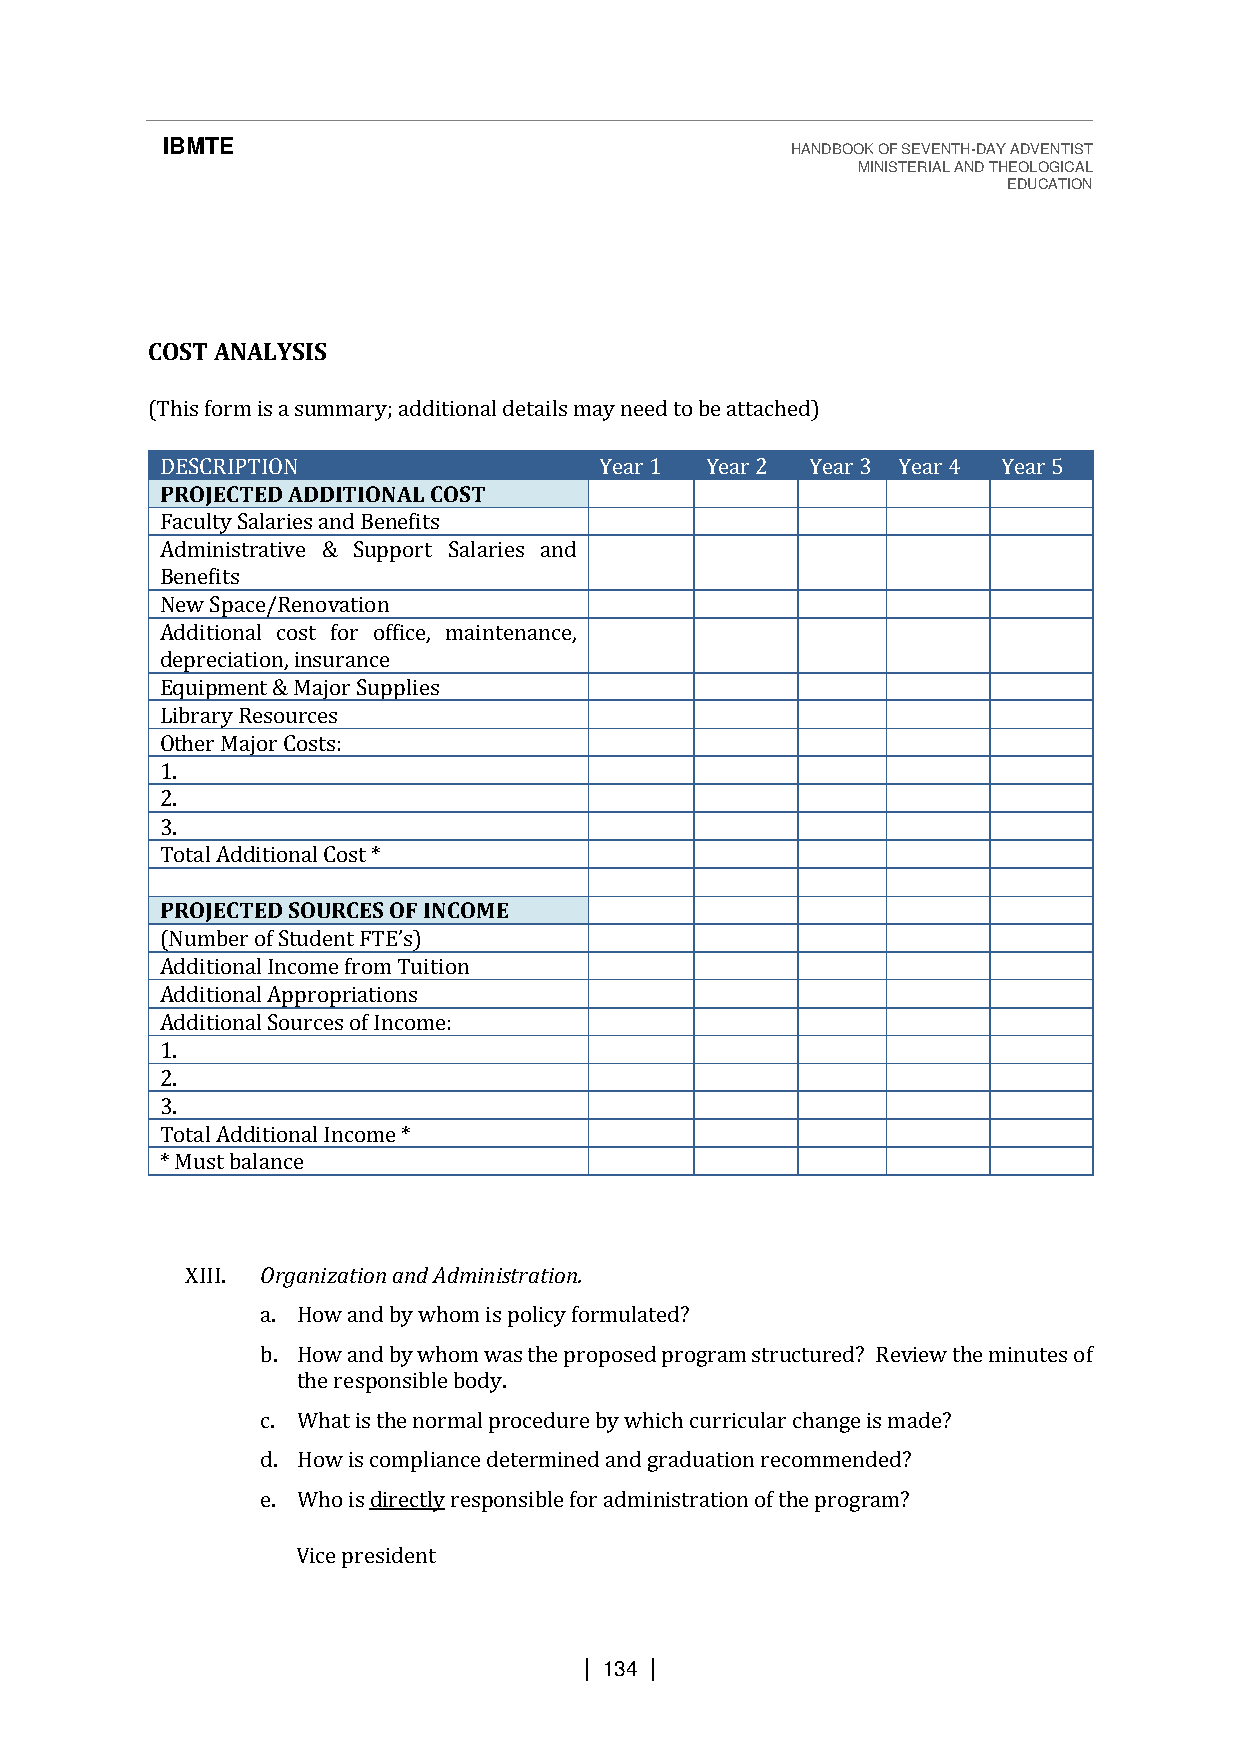
IBMTE                                    HANDBOOK OF SEVENTH-DAY ADVENTIST
 MINISTERIAL AND THEOLOGICAL
 EDUCATION
 COST ANALYSIS
 (This form is a summary; additional details may need to be attached)
 DESCRIPTION                  Year 1 Year 2 Year 3 Year 4 Year 5
 PROJECTED ADDITIONAL COST
 Faculty Salaries and Benefits
 Administrative & Support Salaries and
 Benefits
 New Space/Renovation
 Additional cost for office, maintenance,
 depreciation, insurance
 Equipment & Major Supplies
 Library Resources
 Other Major Costs:
 1.
 2.
 3.
 Total Additional Cost *
 PROJECTED SOURCES OF INCOME
 Additional Income from Tuition
 (ANdudmitiboenra ol fA Sptpurdoepnrti aFtTioEn’ss)
 Additional Sources of Income:
 1.
 2.
 3.
 Total Additional Income *
 * Must balance
 XIII. Organization and Administration.
 a. How and by whom is policy formulated?
 b. How and by whom was the proposed program structured? Review the minutes of
 the responsible body.
 c. What is the normal procedure by which curricular change is made?
 d. How is compliance determined and graduation recommended?
 e. Who is directly responsible for administration of the program?
 Vice president
 | 134 |